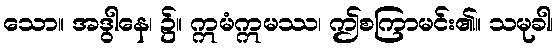
သော။ အဒွါနေ၊ ၌။ ဣမံဣမဿ၊ ဤစကြာမင်း၏။ သမုခါ၊